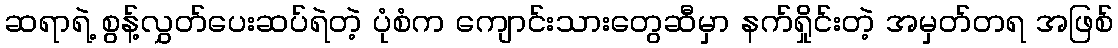
ဆရာရဲ့ စွန့်လွှတ်ပေးဆပ်ရဲတဲ့ ပုံစံက ကျောင်းသားတွေဆီမှာ နက်ရှိုင်းတဲ့ အမှတ်တရ အဖြစ်